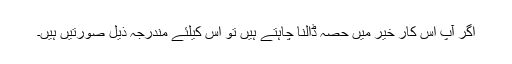
اگر آپ اس کار خیر میں حصہ ڈالنا چاہتے ہیں تو اس کیلئے مندرجہ ذیل صورتیں ہیں۔